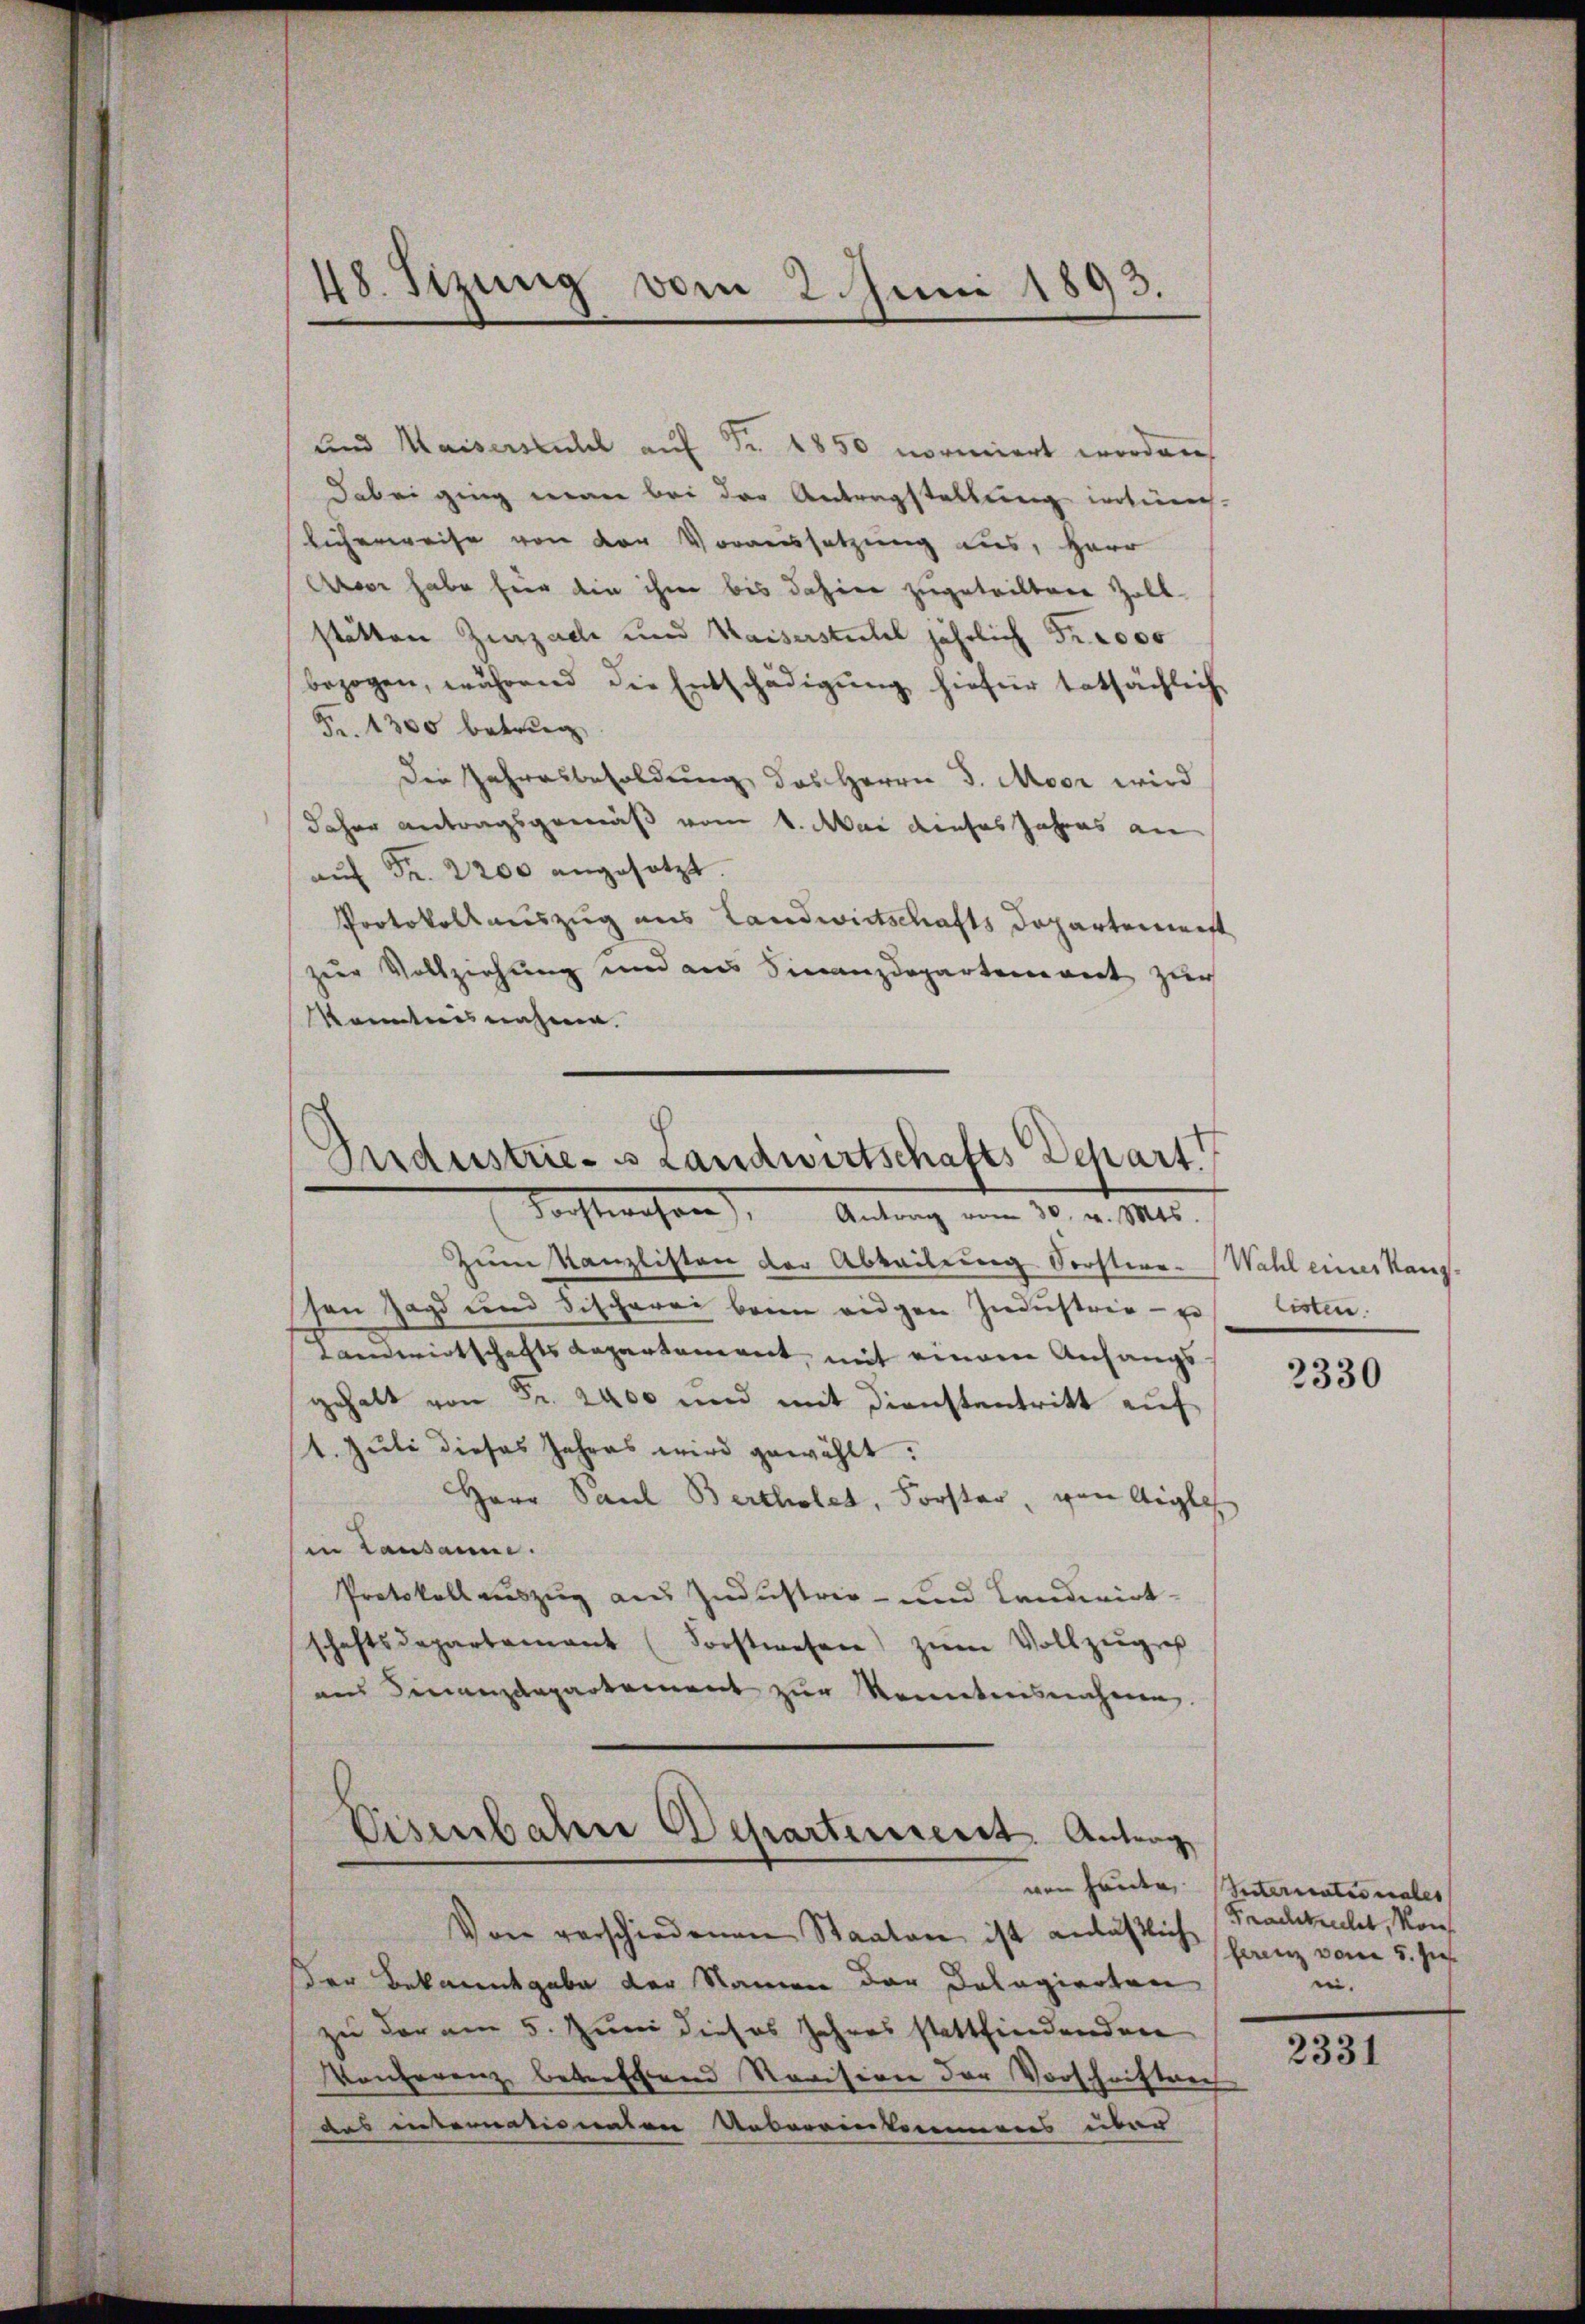
und Kaiserstuhl auf Fr. 1850 normiert worden
dabei ging man bei der Antragstellung intien-
Eicherweise von der Voraussetzung aus, Herr
Aoor habe für die ihm bis dahier zugeteiltene Zoll-
stätten Zurzache und Waiserstuhl jährlich Fr. 2000
bezogen, während die Entschädigŭng hiefür tatsächlich
Fr. 1300 betrug,
Die Jahresbesoldung des Herrn J. Moor wird
daher antragsgemäß vom 1. Mai dieses Jahres an
aŭf Fr. 2200 angesetzt.
Protokollauszug aus Landwirtschafts Departement
zur Vollziehung und aus Finanzdepartement zur
kanntnis näheren.

48. Sizung vom 2. Juni 1893.

Industrie- Landwirtschafts Depart
Forstwahren), Antrag vom 30. v. Mts.

Zum Kanzlisten der Abteilung Sorstere Wahl eines Rang-
schen Zags und Fischerei beim eidgen Industrie - u. listen.
Landwirtschafts Repartement mit einem Anfangs-
gehalt von Fr. 2400 und mit Dienstantritt auf
1. Juli dieses Jahres wird gewählt:
Herr Paul Bertholet, Forster, von Aigle
in Lausanne.
Protokoll auszug aus Industrie- und Landwirt-
schaftsdepartement (Forstwesen zŭm Vollzŭges
am Finanzdepartement zur Kenntnisnahmen.

Eisenbahre Departement. Antrag

Von verschiedenen Staaten ist anläßlich
der Bekanntgabe der Namen der Dolagierten
zu der am 5. Juni dieses Jahres stattfindenden
Konferenz betreffen Revision der Vorschriftung
das internationalen Uebereinkommens über

2330

von heute Internationales
Fradtweilet, von
ferenz vom 5. hies
i.

2331